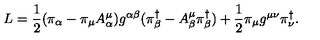
L = \frac { 1 } { 2 } ( \pi _ { \alpha } - \pi _ { \mu } A _ { \alpha } ^ { \mu } ) g ^ { \alpha \beta } ( \pi _ { \beta } ^ { \dag } - A _ { \beta } ^ { \mu } \pi _ { \beta } ^ { \dag } ) + \frac { 1 } { 2 } \pi _ { \mu } g ^ { \mu \nu } \pi _ { \nu } ^ { \dag } .